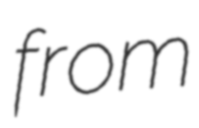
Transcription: from